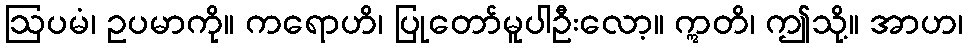
ဩပမံ၊ ဥပမာကို။ ကရောဟိ၊ ပြုတော်မူပါဦးလော့။ ဣတိ၊ ဤသို့။ အာဟ၊